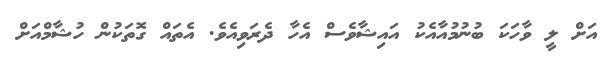
އަށް ލީ ވާހަކަ ބުނުމުއާއެކު އައިޝާވެސް އެހާ ދެރަވިއެވެ. އެތައްް ގޮތަކުން ހުޝާމްއަށް